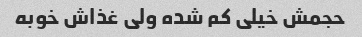
حجمش خیلی کم شده ولی غذاش خوبه